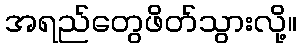
အရည်တွေဖိတ်သွားလို့။